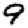
Digit: 9